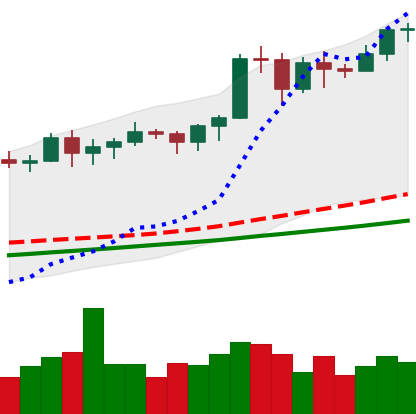
Ticker: BTC-USD
Chart end date: 2020-11-13
Forward return: 9.108%
Label: up_7plus